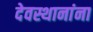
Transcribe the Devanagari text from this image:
देवस्थानांना